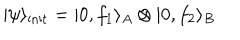
| \psi \rangle _ { \mathrm { i n i t } } = | 0 , f _ { 1 } \rangle _ { A } \otimes | 0 , f _ { 2 } \rangle _ { B }